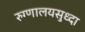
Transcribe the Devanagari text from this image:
रुग्णालयसुध्दा